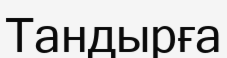
Тандырға